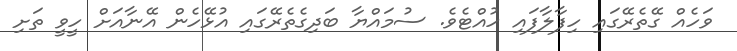
ވަހެއް ގޭތެރޭގައި ހިފާލާފައި ހުއްޓެވެ. ސުމައްޔާ ބަދިގެތެރޭގައި އުޅޭހެން އޭނާއަށް ހީވީ ތަށި